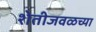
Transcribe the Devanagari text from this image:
शेतीजवळच्या